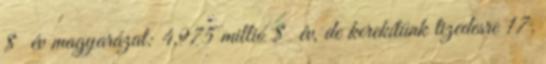
$ év magyarázat: 4,975 millió $ év, de kerekítünk tizedesre 17.